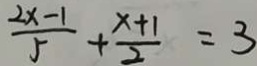
\frac { 2 x - 1 } { 5 } + \frac { x + 1 } { 2 } = 3